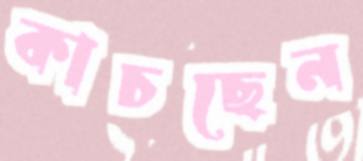
কাচছেন